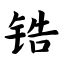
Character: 锆